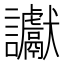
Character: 讞